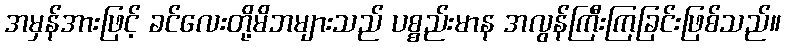
အမှန်အားဖြင့် ခင်လေးတို့မိဘများသည် ပစ္စည်းမာန အလွန်ကြီးကြခြင်းဖြစ်သည်။